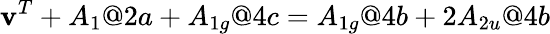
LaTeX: \textbf{v}^{T}+A_{1}@2a+A_{1g}@4c=A_{1g}@4b+2A_{2u}@4b